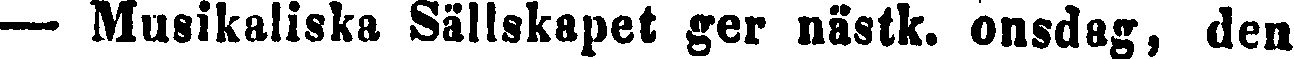
— Musikaliska Sällskapet ger nästk. onsdag, den